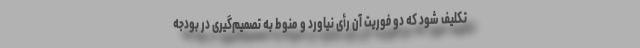
تکلیف شود که دو فوریت آن رأی نیاورد و منوط به تصمیم‌گیری در بودجه